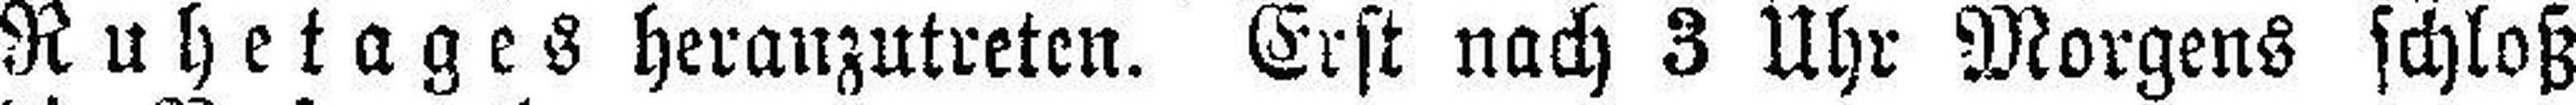
Ruhetages heranzutreten. Erst nach 3 Uhr Morgens schloß